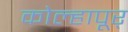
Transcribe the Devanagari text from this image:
कोल्हापूर्